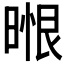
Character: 𭦼